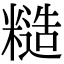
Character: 糙